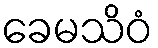
ခေမသိဝံ